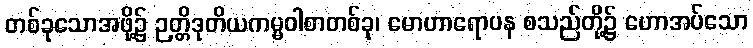
တစ်ခုသောအဖို့၌ ဉတ္တိဒုတိယကမ္မဝါစာတစ်ခု၊ မောဟာရောပန စသည်တို့၌ ဟောအပ်သော